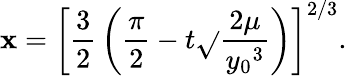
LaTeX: \mathbf{x}=\left[{\frac{{3}}{{2}}}\left({\frac{{\pi}}{{2}}}-t{\sqrt{}{{\frac{{2\mu}}{{{y_{0}}^{3}}}}}}\right)\right]^{2/3}.